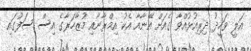
އަލީ ވަހީދު ދިރިއުޅުއްވާ ގެއަށް އޭނާއާ އެކު އިމްރާނާއި މުޒާހަރާގެ އިސް ސަފުގައި